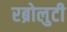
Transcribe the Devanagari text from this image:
रब्रोलुटी